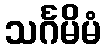
သင်္ဂမိမံ